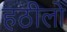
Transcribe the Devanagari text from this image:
हठीलो